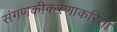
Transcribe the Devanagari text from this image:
संगणकीकरणाकरिता